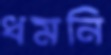
ধমনি